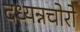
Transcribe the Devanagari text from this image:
दध्यन्नचोरो